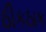
ઠીકઠાક